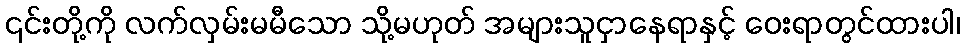
၎င်းတို့ကို လက်လှမ်းမမီသော သို့မဟုတ် အများသူငှာနေရာနှင့် ဝေးရာတွင်ထားပါ၊